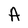
Character: A